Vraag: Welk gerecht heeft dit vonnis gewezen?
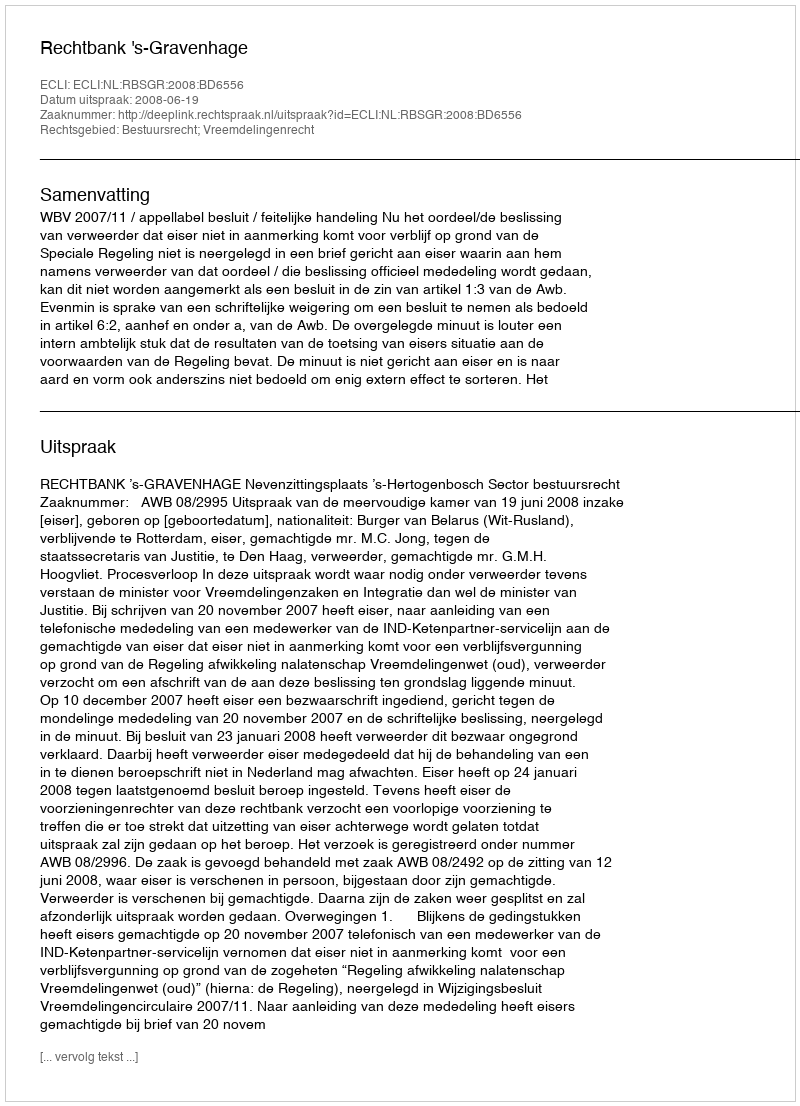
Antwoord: Rechtbank 's-Gravenhage